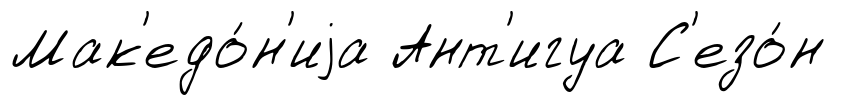
Мак'едо́н'иjа Ант'игуа С'езо́н